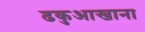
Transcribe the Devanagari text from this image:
ढकुआखाना